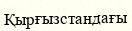
Қырғызстандағы